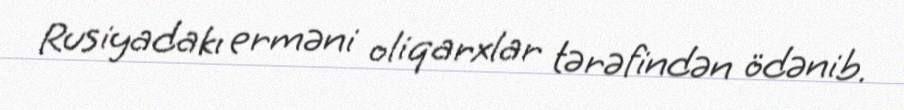
Rusiyadakı erməni oliqarxlar tərəfindən ödənib.